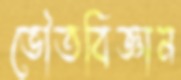
ভৌতবিজ্ঞান